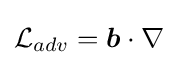
{\mathcal {L}}_{adv}={\boldsymbol {b}}\cdot \nabla